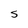
Character: S